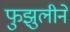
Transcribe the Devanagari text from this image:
फुझुलीने